Annual administration report of the Civil Veterinary Department of India - 1897-1898
Year: 1897
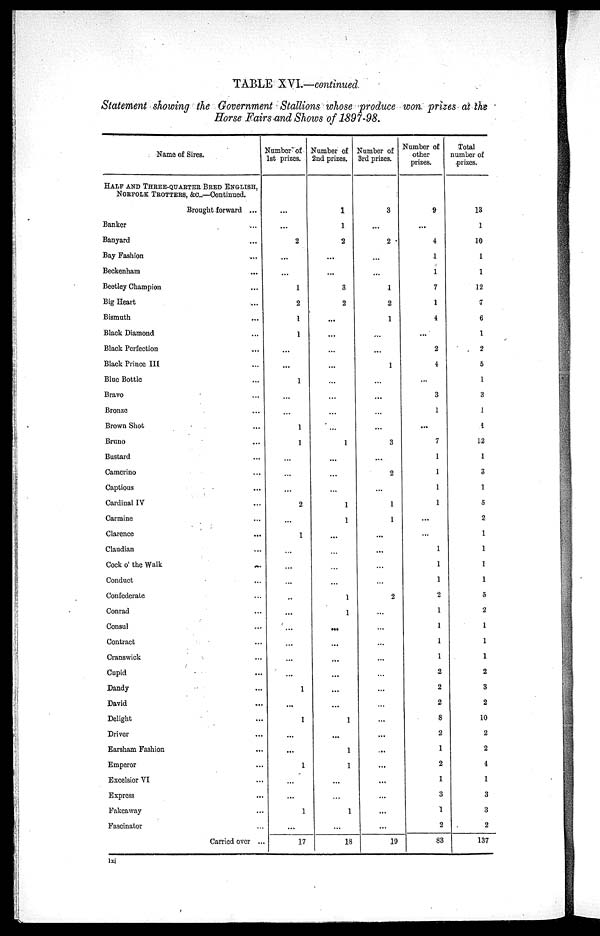
TABLE XVI.—continued
Statement showing the Government Stallions whose produce won prizes at the
Horse Fairs and Shows of 1897—98.
Name of Sires.
HALF AND THREE—QUARTER BRED ENGLISH,
NORFOLK TROTTERS, &c.
Brought forward ...
Banker ...
Banyard ...
Bay Fashion ...
Beckenham ...
Beetley Champion ...
Big Heart ...
Bismuth ...
Black Diamond ...
Black Perfection ...
Black Prince III ...
Blue Bottle ...
Bravo ...
Bronze ...
Brown Shot ...
Bruno ...
Bustard ...
Camcrino ...
Captious ...
Cardinal IV ...
Carmine ...
Clarence ...
Claudian ...
Cock of the Walk ...
Conduct ...
Confederate ...
Conrad ...
Consul ...
Contract ...
Cranswick ...
Cupid ...
Dandy ...
David ...
Delight ...
Driver ...
Earsham Fashion ...
Emperor ...
Excelsior VI ...
Express ...
Fakcaway ...
Fascinator ...
Carried over ..
Number of
1st prizes.
...
...
2
...
...
1
2
1
1
...
...
1
...
...
1
1
...
...
...
2
...
1
...
...
...
..
...
...
...
...
...
1
...
1
...
...
1
...
...
1
...
17
Number of
2nd prizes.
1
1
2
...
...
3
2
...
...
...
...
...
...
...
...
1
...
...
...
1
1
...
...
...
...
1
1
...
...
...
...
...
...
1
...
1
1
...
...
1
18
Number of
3rd prizes.
3
...
2
...
...
1
2
1
...
...
1
...
...
...
...
3
...
2
...
1
1
...
...
...
...
2
...
...
...
...
...
...
...
...
...
...
...
...
...
...
19
Number of
other
prizes.
9
...
4
1
1
7
1
4
...
2
4
...
3
1
...
7
1
1
1
1
...
...
1
1
1
2
1
1
1
1
2
2
2
8
2
1
2
1
3
1
2
83
Total
number of
prizes.
13
1
10
1
1
12
7
6
1
2
5
1
3
1
1
12
1
3
1
5
2
1
1
1
1
5
2
1
1
1
2
3
2
10
2
2
4
1
3
3
2
137
lxi